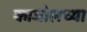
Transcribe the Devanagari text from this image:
काजोलच्या